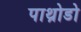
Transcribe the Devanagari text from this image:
पाथ्रोडो